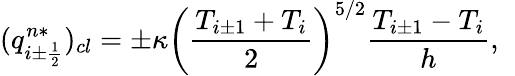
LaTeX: (q_{i\pm\frac{1}{2}}^{n*})_{cl}=\pm\kappa\left(\frac{T_{i\pm 1}+T_{i}}{2}\right)^{5/2}\frac{T_{i\pm 1}-T_{i}}{h},\; \;